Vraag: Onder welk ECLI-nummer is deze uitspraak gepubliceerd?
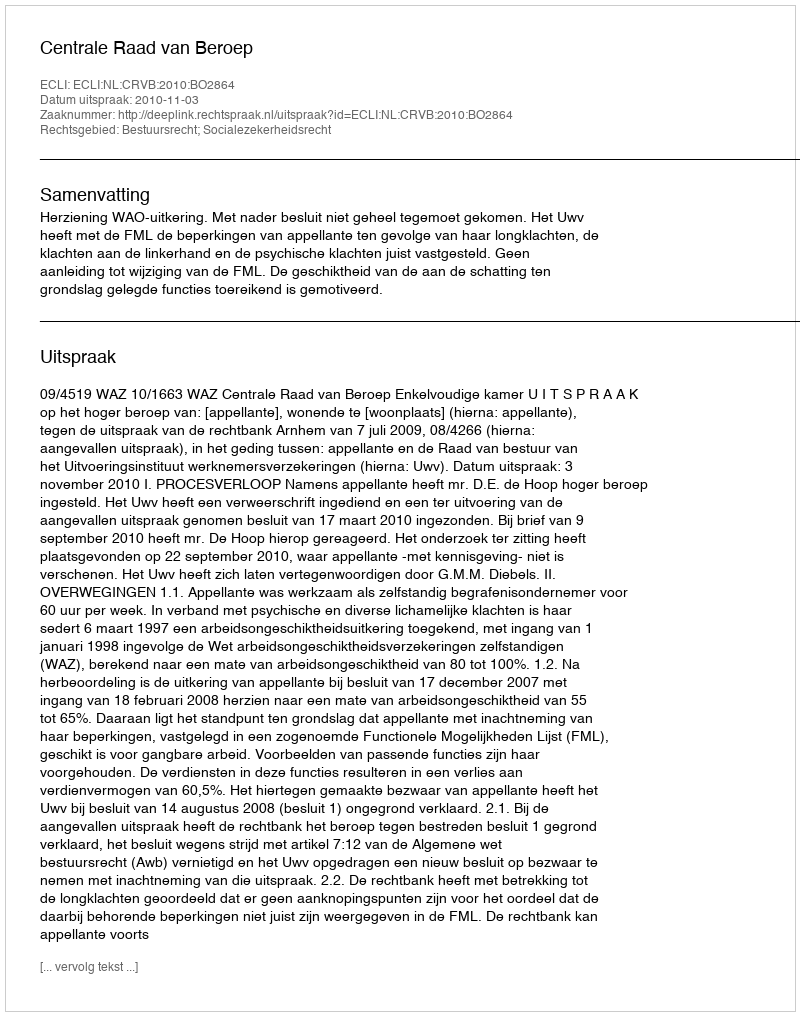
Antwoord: ECLI:NL:CRVB:2010:BO2864